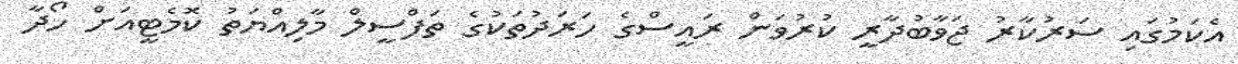
އެކަމުގައި ސަރުކާރު ޖަވާބުދާރީ ކުރުވަން ރައީސްގެ ހަރަދުތަކުގެ ތަފްސީލް މާލިއްޔަތު ކޮމެޓީއަށް ހޯދާ